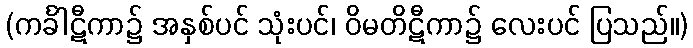
(ကင်္ခါဋီကာ၌ အနှစ်ပင် သုံးပင်၊ ဝိမတိဋီကာ၌ လေးပင် ပြသည်။)